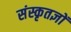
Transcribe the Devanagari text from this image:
संस्कृतज्ञों